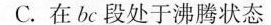
C.在bc段处于沸腾状态 时间